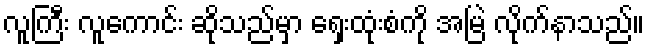
လူကြီး လူကောင်း ဆိုသည်မှာ ရှေးထုံးစံကို အမြဲ လိုက်နာသည်။